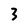
Character: 3